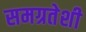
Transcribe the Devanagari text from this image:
समग्रतेशी